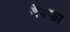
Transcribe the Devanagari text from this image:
वेवफा